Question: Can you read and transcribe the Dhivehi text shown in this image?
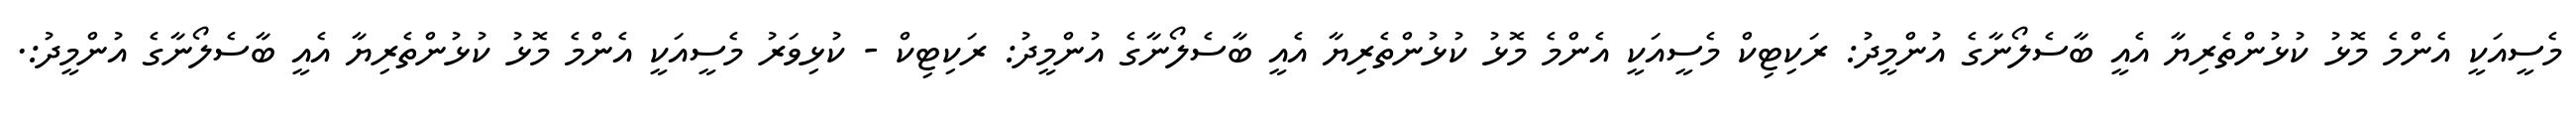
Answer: މެސީއަކީ އެންމެ މޮޅު ކުޅުންތެރިޔާ އެއީ ބާސެލޯނާގެ އުންމީދު: ރަކިޓިކް މެސީއަކީ އެންމެ މޮޅު ކުޅުންތެރިޔާ އެއީ ބާސެލޯނާގެ އުންމީދު: ރަކިޓިކް - ކުޅިވަރު މެސީއަކީ އެންމެ މޮޅު ކުޅުންތެރިޔާ އެއީ ބާސެލޯނާގެ އުންމީދު:.